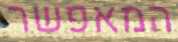
המאפשר